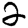
Digit: 2